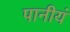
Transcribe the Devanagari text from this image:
पानीयं